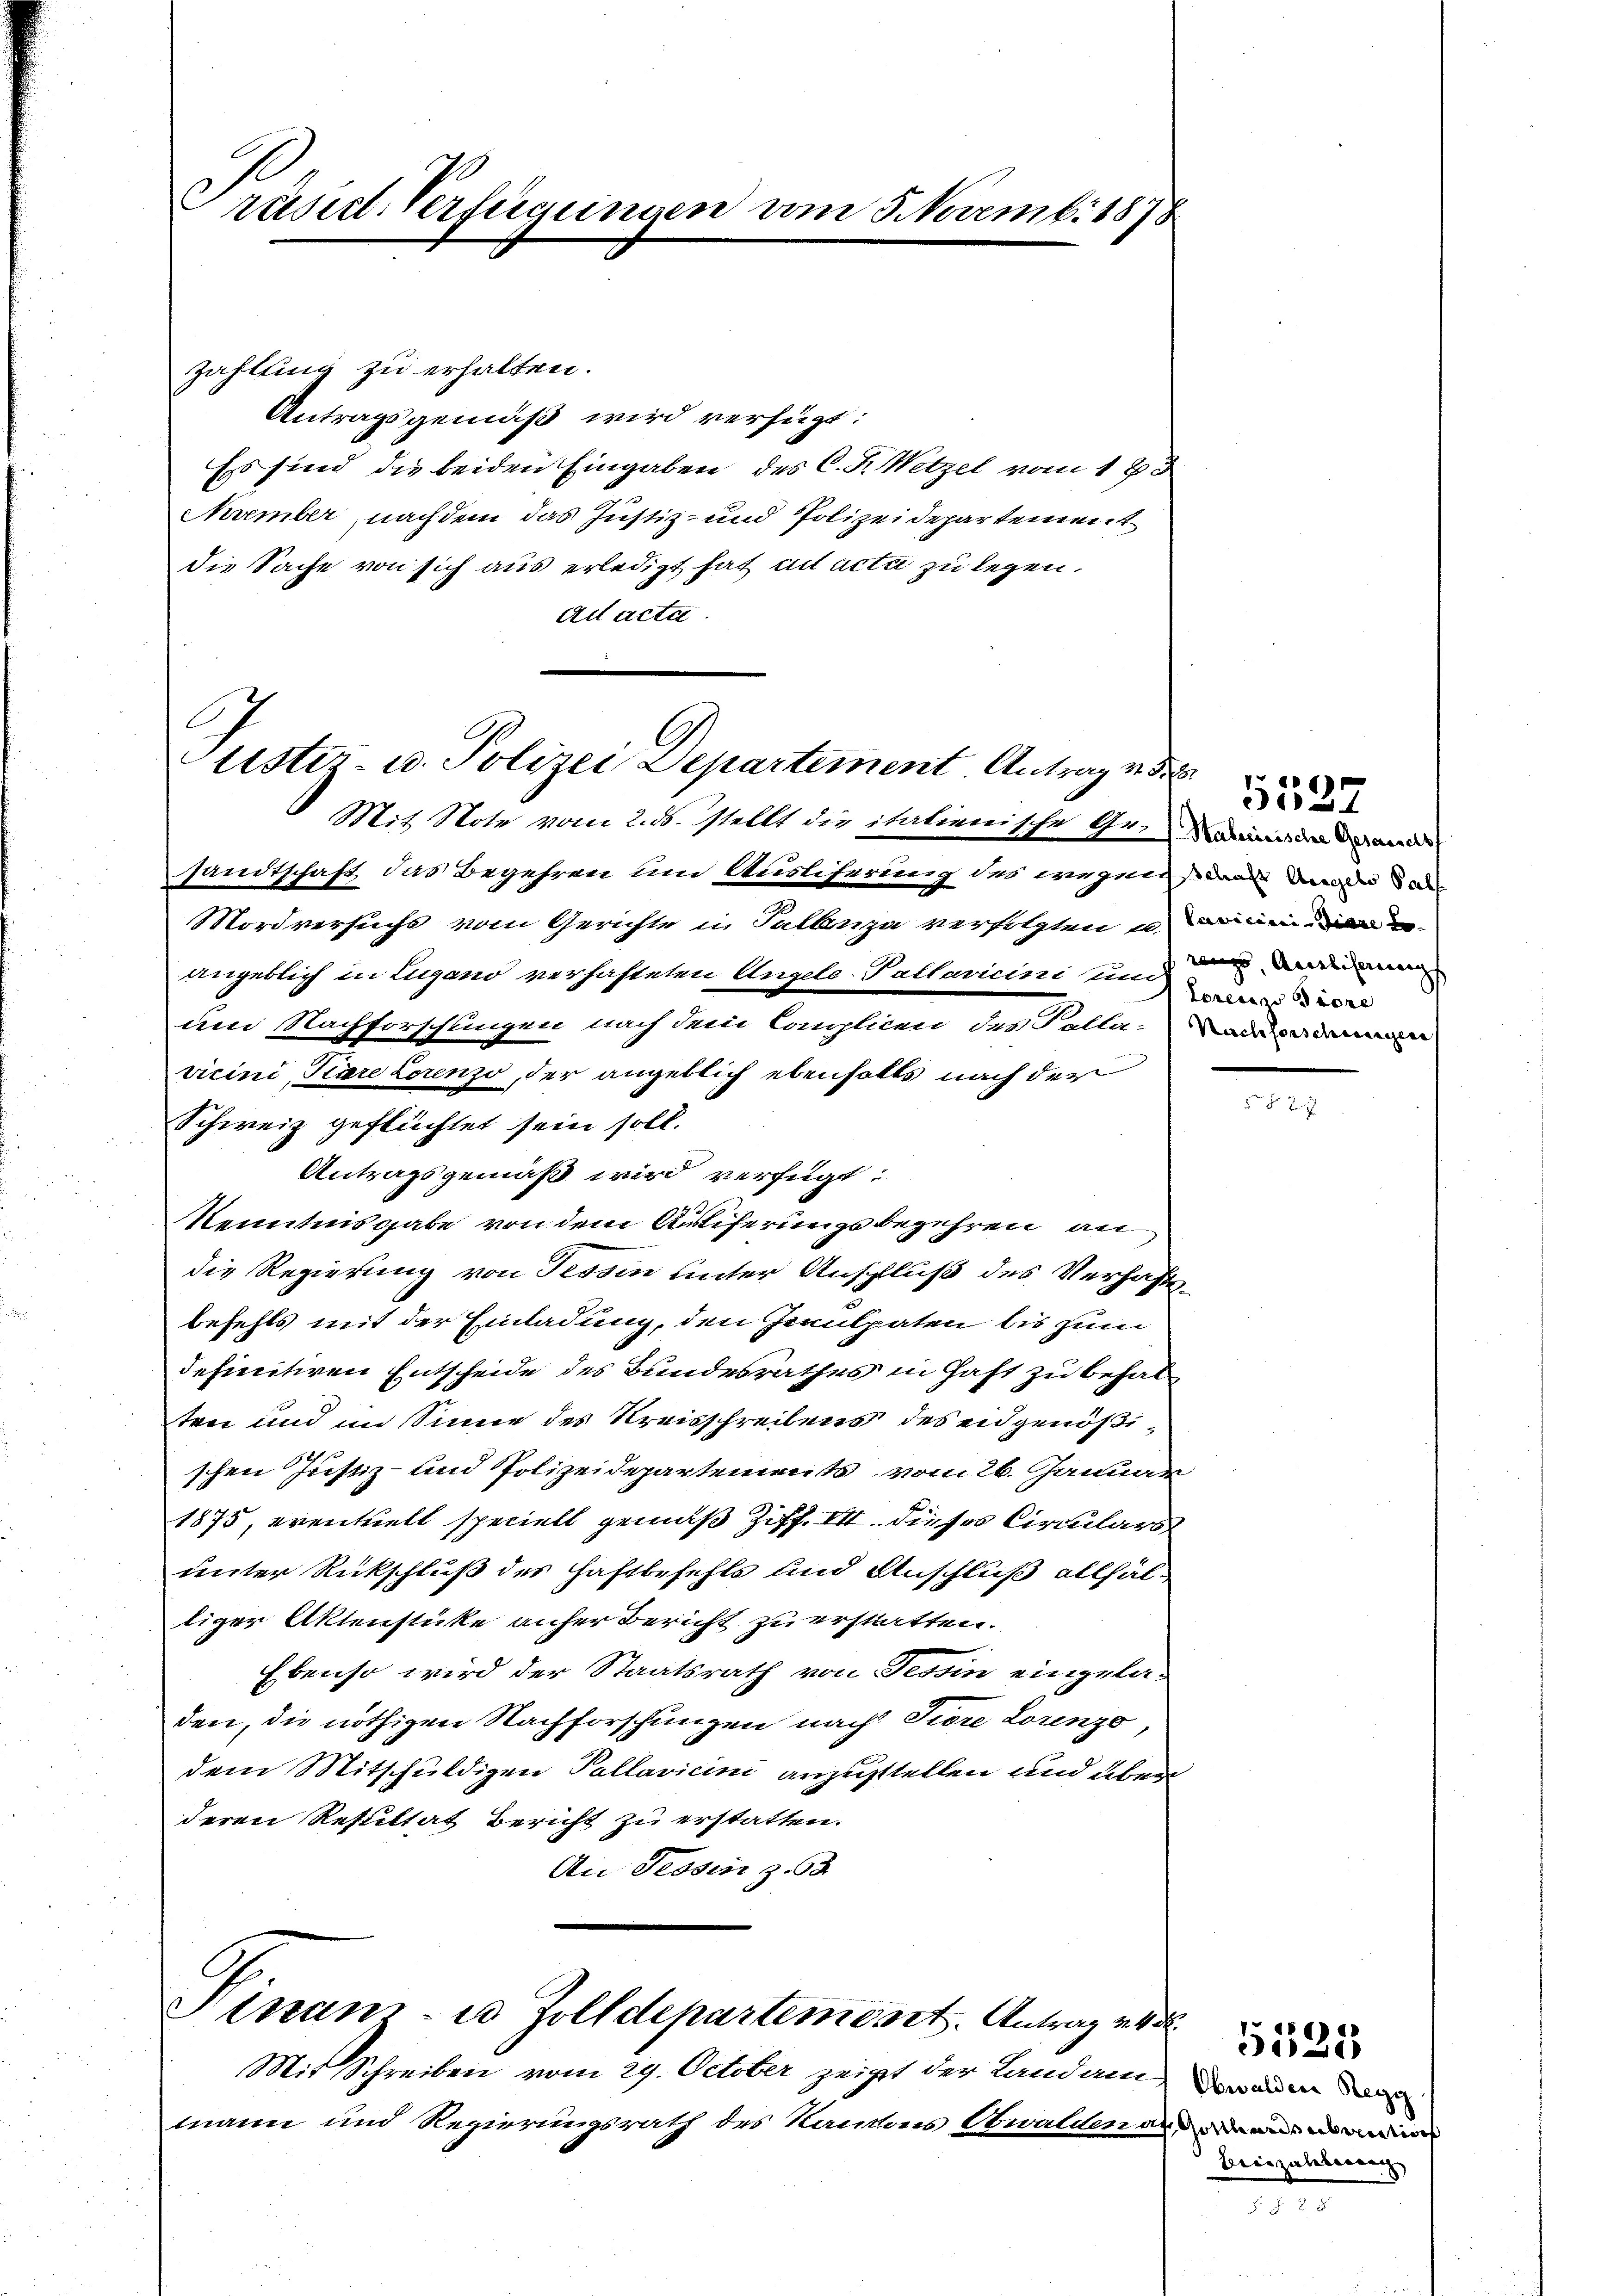
Präsiel-Verfügungen vom 5 Novemb. 1878

Zahlung zu erhalten.
Antragsgemäß wird verfügt:
Ess sind die beiden Eingaben des C. Fr. Wetzel vom 183
Nurember, nachdem das Justiz- und Polizeidepartement
die Sache von sich aus erledigt hat ad acta zu legen,
ad acta.

Justiz u. Polizei Departement Antrag v. 52
Mit Note vom 2. ds. stellt die italienische Gemeindende

sandtschaft das Begehren um Auslieferung des wegens den werde
Mordversuchs vom Gerichte in Tallenza verfolgten u. dem
angeblich in Lugano verhafteten Angele-Pallavicini un
am Nachforschungen nach dem Complicen des Kolla-a ei
vicini, Pare Lorenzo, der angeblich ebenfalls nach der
Schweiz geflüchtet sein soll.
Antragsgemäß wird verfügt:
Kenntnisgabe von dem Antiferungsbegehren an
die Regierung von Tessin unter Anschluß des Verhafte
befehls mit der Einladung, den Jenulpaten bis zum
definitiven Entscheide des Bundesrathes in Haft zu behalten und im Sinne des Kreisschreibens des eidgenößischen Justiz- und Polizeidepartements vom 26. Januar
1875, eventuell speciell gemäß Ziff. III. dieses Circulars
unter Rückschluß des Haftbefehls und Anschluß allfälliger Aktenstücke anher Bericht zu erstatten.
Ebenso wird der Staatsrath von Tessin eingeladen, die nöthigen Nachforschungen nach Tiere Lorenzo
dem Mitschuldigen Pallavicini anzustellen und überderen Resultat Bericht zu erstatten.
An Tessin z. 63

Pinanz- u Zolldepartement. Antrag v

Mit Schreiben vom 29. October zeigt der Landammann und Regierungsrath des Kantons Obwalden s

rugs Auslicherungs

5537

Obwalden Regg
f Gotthardsuberations
Beiszulebenang,

5521